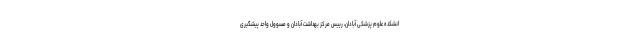
انشکده علوم پزشکی آبادان، رییس مرکز بهداشت آبادان و مسوول واحد پیشگیری